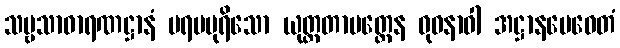
သဗ္ဗသာဓာရဏဋ္ဌာနံ ပရမပုရိသော ယုတ္တတာမတ္တေန ဓုဝနာဝါ အဋ္ဌာနမေဝေတံ